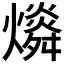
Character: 𤐪